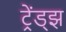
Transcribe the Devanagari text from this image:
ट्रेंड्‌झ